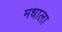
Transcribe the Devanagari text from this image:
मधाला